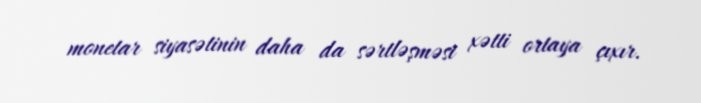
monetar siyasətinin daha da sərtləşməsi xətti ortaya çıxır.